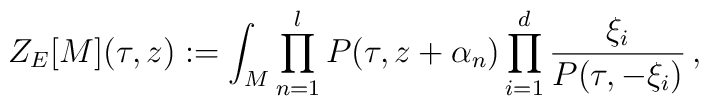
Z_E[M](\tau,z):=\int_M    \prod_{n=1}^lP(\tau,z+\alpha_n)\prod_{i=1}^d\frac{\xi_i}{      P(\tau,-\xi_i)}\,,